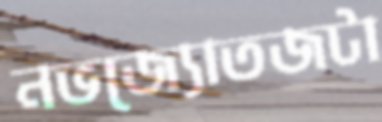
নভজ্যোতজটা